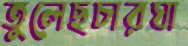
তুলেছচারঘা